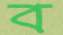
ব